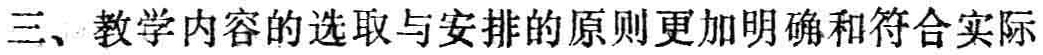
三、教学内容的选取与安排的原则更加明确和符合实际